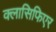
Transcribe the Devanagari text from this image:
क्लासिफिएर